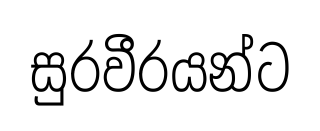
සුරවීරයන්ට